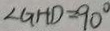
\angle G H D = 9 0 ^ { \circ }